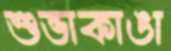
শুভাকাঙা